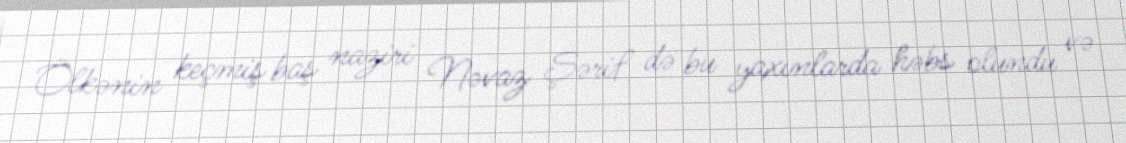
Ölkənin keçmiş baş naziri Nəvaz Şərif də bu yaxınlarda həbs olundu və